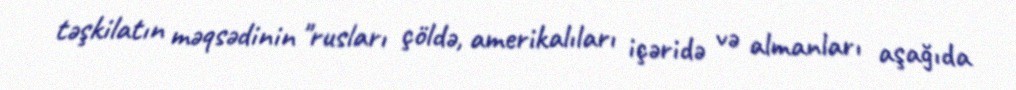
təşkilatın məqsədinin "rusları çöldə, amerikalıları içəridə və almanları aşağıda